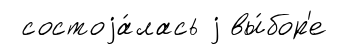
состоjа́лась j вы́бор'е